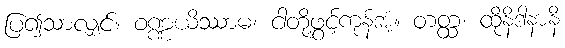
ပြ၍သာလျှင်။ ဝဏ္ဏယိဿာမ၊ ငါတို့ဖွင့်ကုန်အံ့။ တတ္ထ၊ ထိုနိဒါနာနိ